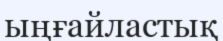
ыңғайластық